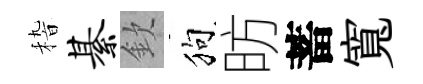
𥟵綦欽狗昉蓄寬